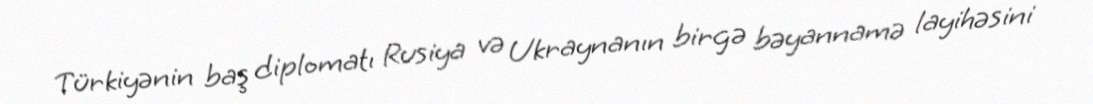
Türkiyənin baş diplomatı Rusiya və Ukraynanın birgə bəyannamə layihəsini